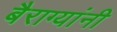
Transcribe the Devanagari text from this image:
बैराग्यांनी